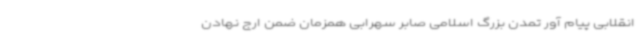
انقلابی پیام آور تمدن بزرگ اسلامی صابر سهرابی همزمان ضمن ارج نهادن